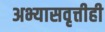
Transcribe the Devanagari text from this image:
अभ्यासवृत्तीही